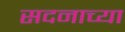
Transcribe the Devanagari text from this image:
सदनाच्या